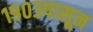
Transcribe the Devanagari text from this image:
१९०३पासून